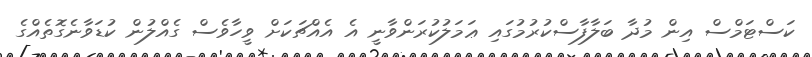
ކަސްޓަމްސް އިން މުދާ ބަލާފާސްކުރުމުގައި ޢަމަލުކުރަންވާނީ އެ އެއްޗަކަށް ވީހާވެސް ގެއްލުން ކުޑަވާނެގޮތެއްގެ